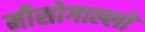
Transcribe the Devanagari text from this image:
मीसोगाल्लो